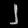
Digit: ၂